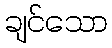
ချင်သော